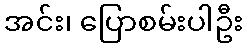
အင်း၊ ပြောစမ်းပါဦး